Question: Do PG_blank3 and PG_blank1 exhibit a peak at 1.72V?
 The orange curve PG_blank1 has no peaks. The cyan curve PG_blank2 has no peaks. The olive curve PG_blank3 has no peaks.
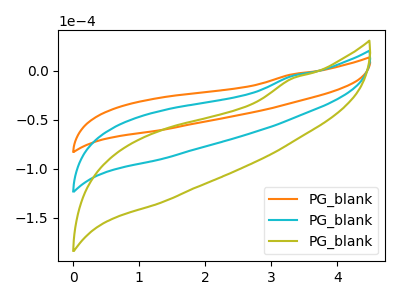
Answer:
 <answer>No, "PG_blank3" and "PG_blank1" dont share a peak at 1.72V.</answer>
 <eval>mismatch</eval>